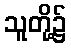
သူတို့၌